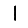
Digit: 1